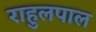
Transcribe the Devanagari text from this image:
राहुलपाल